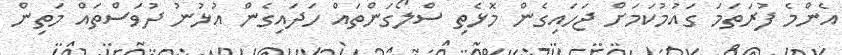
އެންމެ ފުރަތަމަ ގައުމުކަމަށް ޖަހައިގެން މޮޅެތި ސްލޯގަންތައް ހަދައިގެން އުޅުނު ދުވަސްތައް މަތިން